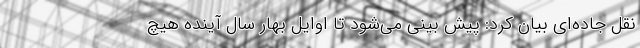
نقل جاده‌ای بیان کرد: پیش بینی می‌شود تا اوایل بهار سال آینده هیچ